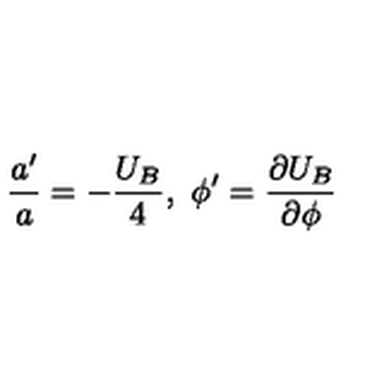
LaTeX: \frac { a ^ { \prime } } { a } = - \frac { U _ { B } } { 4 } , \ \phi ^ { \prime } = \frac { \partial U _ { B } } { \partial \phi }